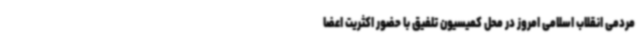
مردمی انقلاب اسلامی امروز در محل کمیسیون تلفیق با حضور اکثریت اعضا